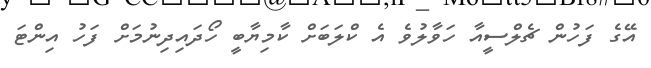
އޭގެ ފަހުން ޗެލްސީއާ ހަވާލުވެ އެ ކްލަބަށް ކާމިޔާބީ ހޯދައިދިނުމަށް ފަހު އިންޓަ